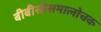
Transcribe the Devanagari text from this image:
बीबीसीसमालोचक